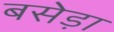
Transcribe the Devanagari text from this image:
बसेड़ा